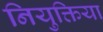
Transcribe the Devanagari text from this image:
नियुक्तिया